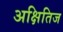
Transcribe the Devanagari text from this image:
अक्षितिज